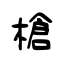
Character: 槍